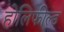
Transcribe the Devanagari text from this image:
होलिफील्ड